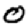
Digit: 0